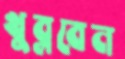
খুব্‌লবেন